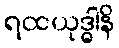
ရထယုဒ္ဓါနိ